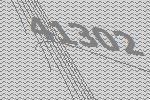
41302